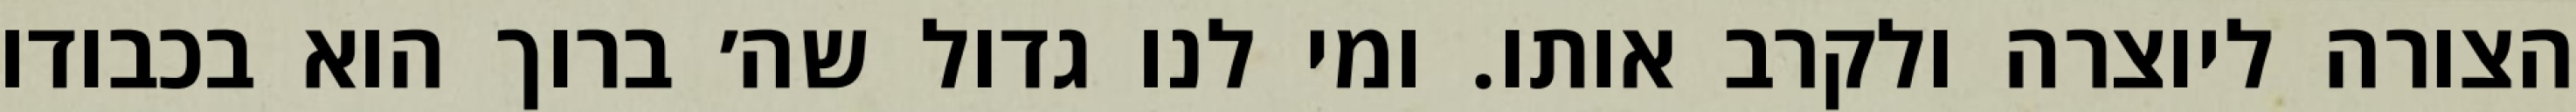
הצורה ליוצרה ולקרב אותו. ומי לנו גדול שה׳ ברוך הוא בכבודו